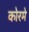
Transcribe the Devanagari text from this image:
कोरमे